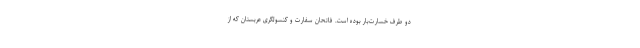
دو طرف خسارت‌بار بوده است. فاتحان سفارت و کنسولگری عربستان که از